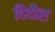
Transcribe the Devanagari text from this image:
दिदौरा